Report of the Bombay Veterinary College
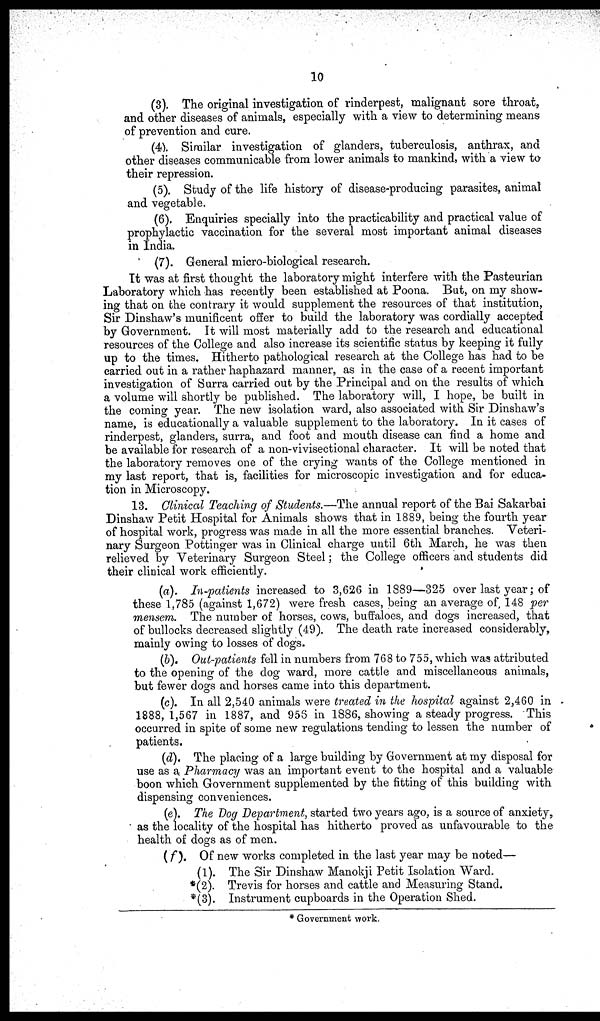
10
(3). The original investigation of rinderpest, malignant sore throat,
and other diseases of animals, especially with a view to determining means
of prevention and cure.
(4). Similar investigation of glanders, tuberculosis, anthrax, and
other diseases communicable from lower animals to mankind, with a view to
their repression.
(5). Study of the life history of disease-producing parasites, animal
and vegetable.
(6). Enquiries specially into the practicability and practical value of
prophylactic vaccination for the several most important animal diseases
in India.
(7). General micro-biological research.
It was at first thought the laboratory might interfere with the Pasteurian
Laboratory which has recently been established at Poona. But, on my show-
ing that on the contrary it would supplement the resources of that institution,
Sir Dinshaw's munificent offer to build the laboratory was cordially accepted
by Government. It will most materially add to the research and educational
resources of the College and also increase its scientific status by keeping it fully
up to the times. Hitherto pathological research at the College has had to be
carried out in a rather haphazard manner, as in the case of a recent important
investigation of Surra carried out by the Principal and on the results of which
a volume will shortly be published. The laboratory will, I hope, be built in
the coming year. The new isolation ward, also associated with Sir Dinshaw's
name, is educationally a valuable supplement to the laboratory. In it cases of
rinderpest, glanders, surra, and foot and mouth disease can find a home and
be available for research of a non-vivisectional character. It will be noted that
the laboratory removes one of the crying wants of the College mentioned in
my last report, that is, facilities for microscopic investigation and for educa-
tion in Microscopy.
13. Clinical Teaching of Students.—The annual report of the Bai Sakarbai
Dinshaw Petit Hospital for Animals shows that in 1889, being the fourth year
of hospital work, progress was made in all the more essential branches. Veteri-
nary Surgeon Pottinger was in Clinical charge until 6th March, he was then
relieved by Veterinary Surgeon Steel ; the College officers and students did
their clinical work efficiently.
(a). In-patients increased to 3,626 in 1889—325 over last year ; of
these 1,785 (against 1,672) were fresh cases, being an average of, 148 per
mensem. The number of horses, cows, buffaloes, and dogs increased, that
of bullocks decreased slightly (49). The death rate increased considerably,
mainly owing to losses of dogs.
(b). Out-patients fell in numbers from 768 to 755, which was attributed
to the opening of the dog ward, more cattle and miscellaneous animals,
but fewer dogs and horses came into this department.
(c). In all 2,540 animals were treated in the hospital against 2,460 in
1888, 1,567 in 1887, and 956 in 1886, showing a steady progress. This
occurred in spite of some new regulations tending to lessen the number of
patients.
(d). The placing of a large building by Government at my disposal for
use as a Pharmacy was an important event to the hospital and a valuable
boon which Government supplemented by the fitting of this building with
dispensing conveniences.
(e). The Dog Department, started two years ago, is a source of anxiety,
as the locality of the hospital has hitherto proved as unfavourable to the
health of dogs as of men.
(f). Of new works completed in the last year may be noted—
(1). The Sir Dinshaw Manokji Petit Isolation Ward.
*(2). Trevis for horses and cattle and Measuring Stand.
*(3). Instrument cupboards in the Operation Shed.
* Government work